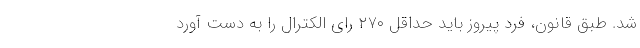
شد. طبق قانون، فرد پیروز باید حداقل ۲۷۰ رای الکترال را به دست آورد